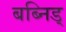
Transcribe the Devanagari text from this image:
बब्निड्